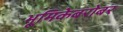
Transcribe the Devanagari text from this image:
भूमिकेबरोबर